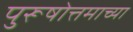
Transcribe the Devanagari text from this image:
पुरूषोत्तमाच्या